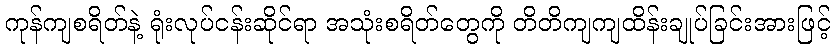
ကုန်ကျစရိတ်နဲ့ ရုံးလုပ်ငန်းဆိုင်ရာ အသုံးစရိတ်တွေကို တိတိကျကျထိန်းချုပ်ခြင်းအားဖြင့်